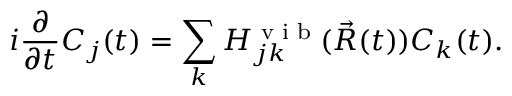
i \frac { \partial } { \partial { t } } C _ { j } ( t ) = \sum _ { k } H _ { j k } ^ { \scriptsize { \mathrm { ~ v ~ i ~ b ~ } } } ( \vec { R } ( t ) ) C _ { k } ( t ) .